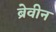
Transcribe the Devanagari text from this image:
ब्रेवीन